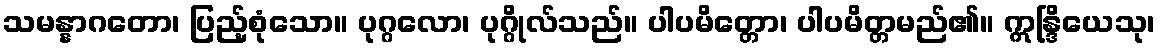
သမန္နာဂတော၊ ပြည့်စုံသော။ ပုဂ္ဂလော၊ ပုဂ္ဂိုလ်သည်။ ပါပမိတ္တော၊ ပါပမိတ္တမည်၏။ ဣန္ဒြိယေသု၊